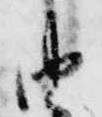
由